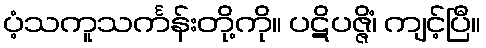
ပံ့သကူသင်္ကန်းတို့ကို။ ပဋိပဇ္ဇိံ၊ ကျင့်ပြီ။